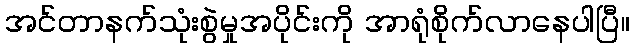
အင်တာနက်သုံးစွဲမှုအပိုင်းကို အာရုံစိုက်လာနေပါပြီ။